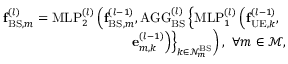
\begin{array} { r } { \mathbf { f } _ { \mathrm { B S } , m } ^ { ( l ) } = \mathrm { M L P } _ { 2 } ^ { ( l ) } \left( \mathbf { f } _ { \mathrm { B S } , m } ^ { ( l - 1 ) } , \mathrm { A G G } _ { \mathrm { B S } } ^ { ( l ) } \left\{ \mathrm { M L P } _ { 1 } ^ { ( l ) } \left( \mathbf { f } _ { \mathrm { U E } , k } ^ { ( l - 1 ) } , \right. \right. \right. } \\ { \left. \left. \left. \mathbf { e } _ { m , k } ^ { ( l - 1 ) } \right) \right\} _ { k \in \mathcal { N } _ { m } ^ { \mathrm { B S } } } \right) , ~ \forall m \in \mathcal { M } , } \end{array}